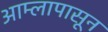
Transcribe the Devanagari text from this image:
आम्लापासून